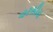
વરસીય